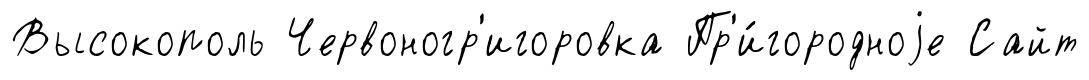
Высокополь Червоногр'игоровка Пр'и́городноjе Сайт